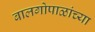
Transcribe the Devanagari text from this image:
बालगोपाळांच्या